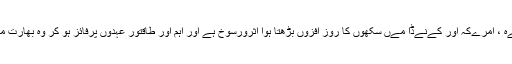
جس حقےقت نے بھارت سرکار کو پرےشان کےا ہوا ہے وہ برطانےہ ، امرےکہ اور کےنےڈا مےں سکھوں کا روز افزوں بڑھتا ہوا اثرورسوخ ہے اور اہم اور طاقتور عہدوں پرفائز ہو کر وہ بھارت مےں سکھوں کے شہری حقوق کی پامالی کو چےلنج کر سکتے ہےں۔